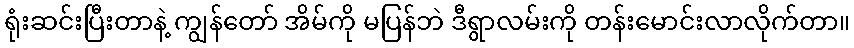
ရုံးဆင်းပြီးတာနဲ့ ကျွန်တော် အိမ်ကို မပြန်ဘဲ ဒီရွာလမ်းကို တန်းမောင်းလာလိုက်တာ။